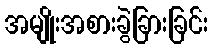
အမျိုးအစားခွဲခြားခြင်း